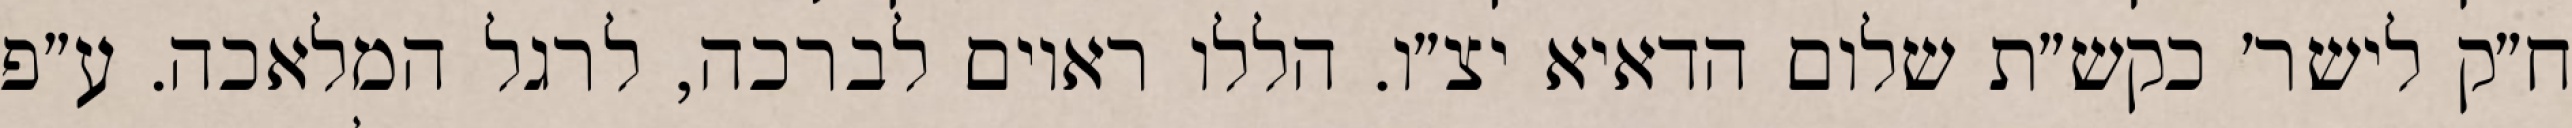
ח״ק לישר׳ כקש״ת שלום הדאיא יצ״ו. הללו ראוים לברכה, לרגל המלאכה. ע״פ